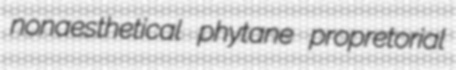
nonaesthetical phytane propretorial